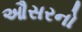
ઔસરનો